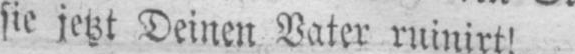
sie jetzt Deinen Vater ruinirt!